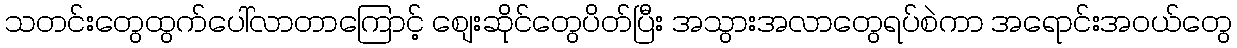
သတင်းတွေထွက်ပေါ်လာတာကြောင့် စျေးဆိုင်တွေပိတ်ပြီး အသွားအလာတွေရပ်စဲကာ အရောင်းအဝယ်တွေ